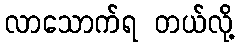
လာသောက်ရ တယ်လို့